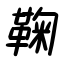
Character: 鞠